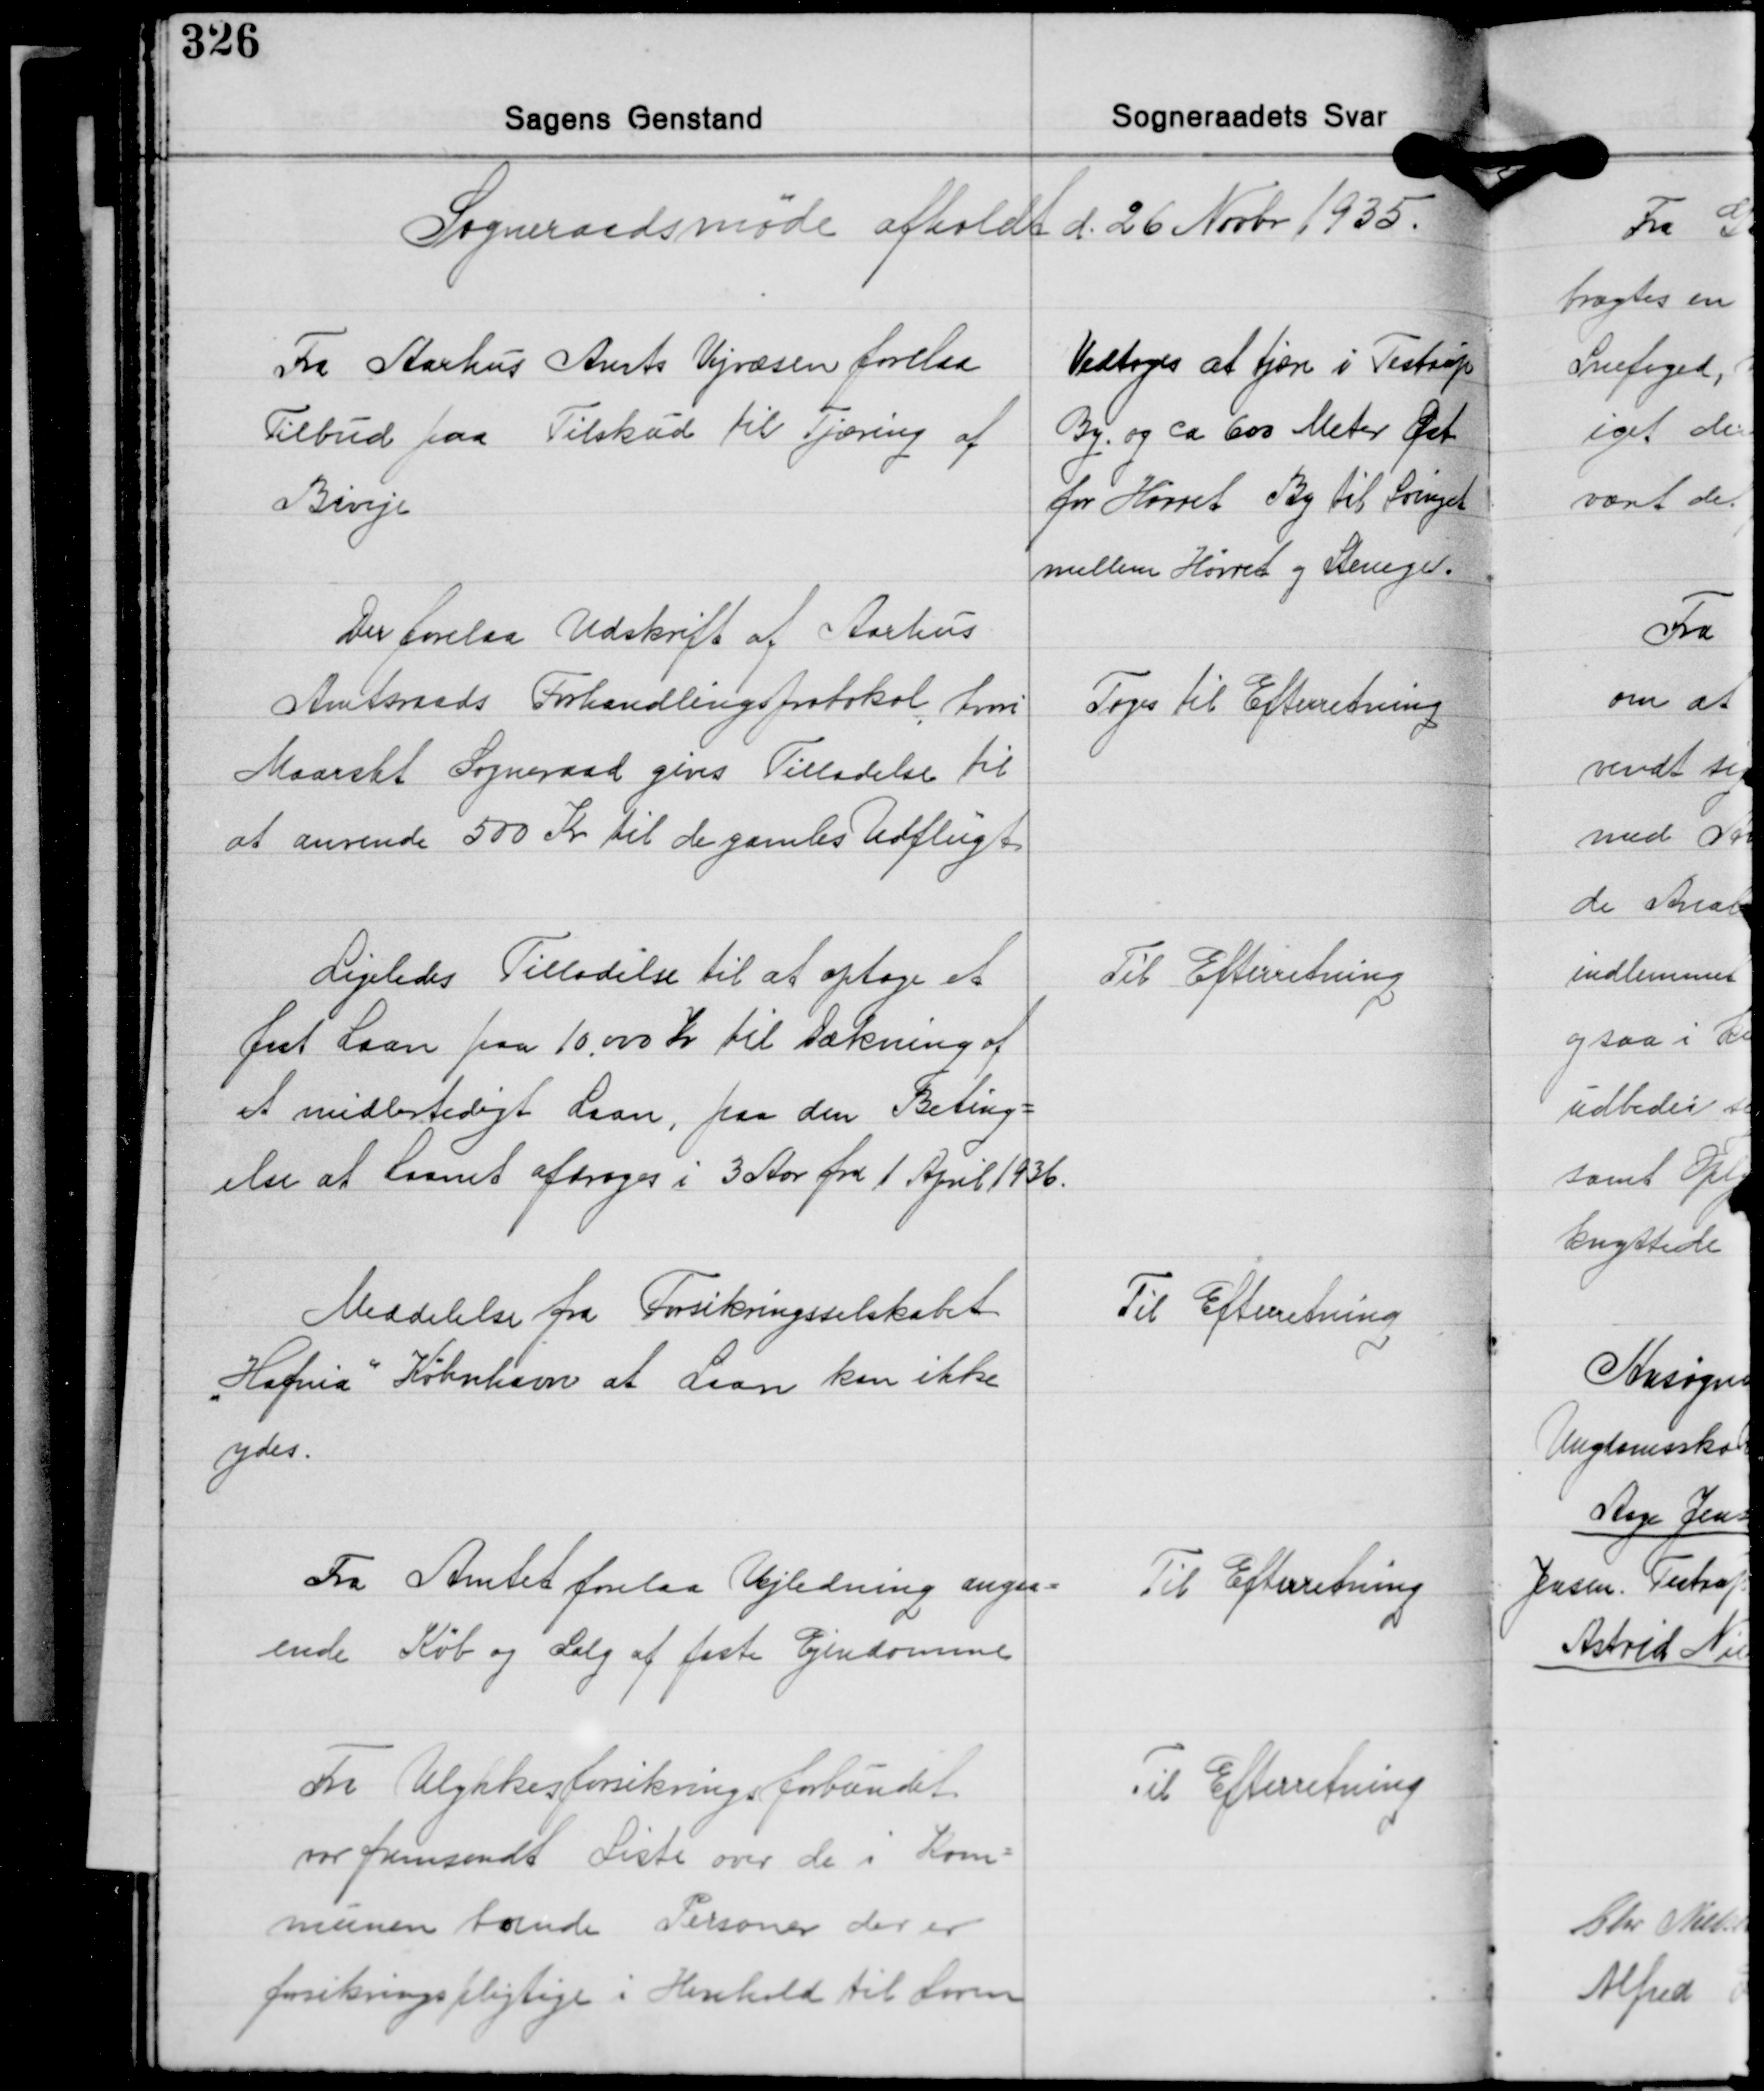
Transskription:
Sogneraadsmøde afholdt d. 26 Novbr. 1935.

Fra Aarhus Amts Vejvæsen forelaa
Tilbud paa Tilskud til Tjæring af
Biveje

Vedtoges at tjære i Testrup
By og ca 600 Meter Øst
for Hørret By til Svinget
mellem Hørret og Stenege

Der forelaa Udskrift af Aarhus
Amtsraads Forhandlingsprotokol hvori
Maarslet Sogneraad gives Tilladelse til
at anvende 500 Kr. til de gamles Udflugt

Toges til Efterretning

Ligeledes Tilladelse til at optage et
fast Laan paa 10.000 Kr. til Dækning af
et midlertidigt Laan, paa den Beting-
else at Laanet afdroges i 3 Aar fra 1 April 1936.

Til Efterretning

Meddelelse fra Forsikringsselskabet
Hafnia København at Laan kan ikke
ydes.

Til Efterretning

Fra Amtet forelaa Vejledning angaa-
ende Køb og Salg af faste Ejendomme

Til Efterretning

Fra Ulykkesforsikringsforbundet
var fremsendt Liste over de i Kom-
munen boende Personer der er
forsikringspligtige i Henhold til Loven

Til Efterretning